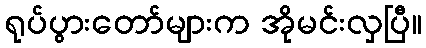
ရုပ်ပွားတော်များက အိုမင်းလှပြီ။